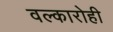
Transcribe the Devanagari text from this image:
वल्कारोही